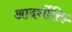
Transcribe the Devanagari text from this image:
आदर्शोक्ति